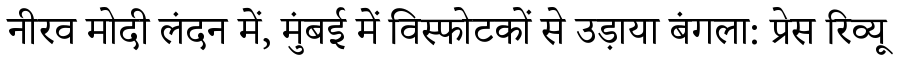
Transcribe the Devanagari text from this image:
नीरव मोदी लंदन में, मुंबई में विस्फोटकों से उड़ाया बंगला: प्रेस रिव्यू